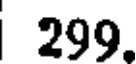
299.